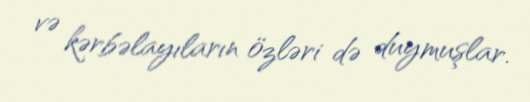
və kərbəlayıların özləri də duymuşlar.